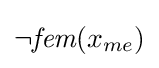
\lnot {\textit {fem}}(x_{me})